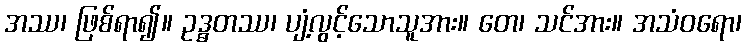
အဿ၊ ဖြစ်ရာ၍။ ဥဒ္ဓတဿ၊ ပျံ့လွင့်သောသူအား။ တေ၊ သင်အား။ အသံဝရော၊